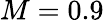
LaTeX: M=0.9